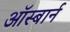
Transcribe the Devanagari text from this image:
ऑस्बार्न